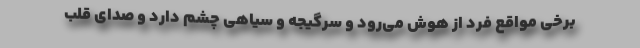
برخی مواقع فرد از هوش می‌رود و سرگیجه و سیاهی چشم دارد و صدای قلب